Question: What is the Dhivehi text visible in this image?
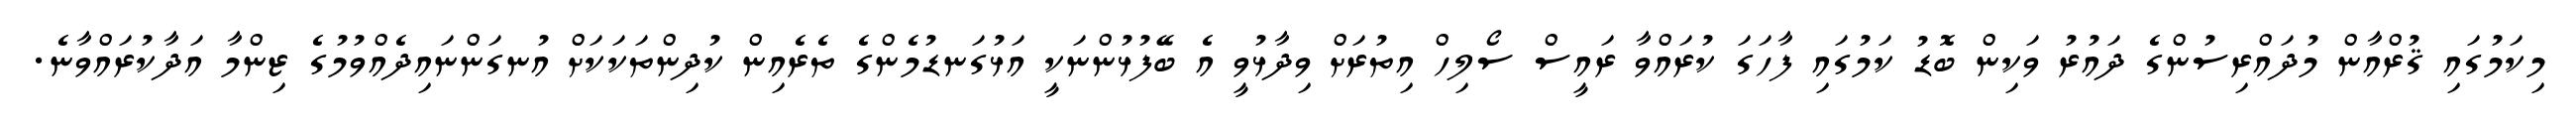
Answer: މިކަމުގައި ޤުރްއާން މުދައްރިސުންގެ ދައުރު ވަކިން ބޮޑު ކަމުގައި ފާހަގަ ކުރައްވާ ރައީސް ސޯލިހް އިތުރަށް ވިދާޅުވީ އެ ބޭފުޅުންނަކީ އަޅުގަނޑުމެންގެ ތެރެއިން ކުދިންތަކަކަށް އުނގަންނައިދެއްވުމުގެ ޒިންމާ އަދާކުރައްވާނެ.